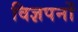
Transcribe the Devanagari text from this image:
विज्ञपनों